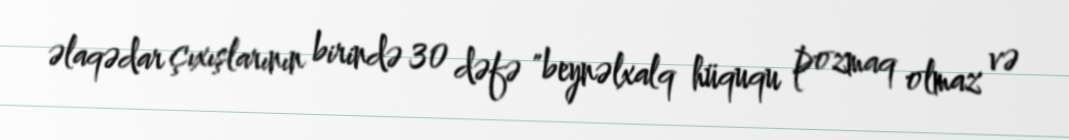
əlaqədar çıxışlarının birində 30 dəfə "beynəlxalq hüququ pozmaq olmaz və